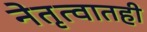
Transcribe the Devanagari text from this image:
नेतृत्वातही